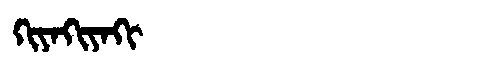
Manchu: ᡴᡳᠶᠠᡴᡳᠶᠠᡴᡳ
Romanization: KIYAKIYAKI